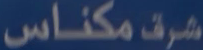
مکناس شرق